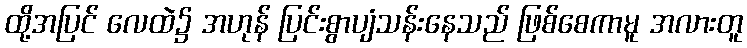
ထို့အပြင် လေထဲ၌ အဟုန် ပြင်းစွာပျံသန်းနေသည် ဖြစ်စေကာမူ အလားတူ